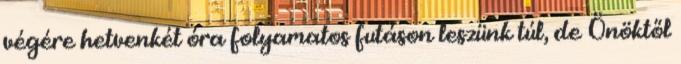
végére hetvenkét óra folyamatos futáson leszünk túl, de Önöktől